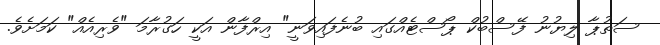
ސަތުޕާ ލިޔުނު ފޭސްބުކް ޕޯސްޓެއްގައި ބުނެފައިވަނީ" އިރްފާން އަކީ ހަގުރާމަ "ވެރިއެއް" ކަމަށެވެ.